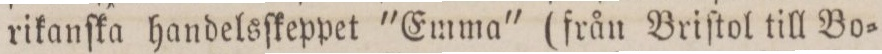
rikanſka handelsſkeppet "Emma" (från Briſtol till Bo=